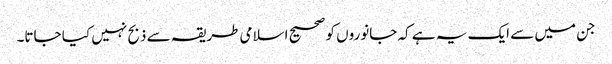
جن میں سے ایک یہ ہے کہ جانوروں کو صحیح اسلامی طریقہ سے ذبح نہیں کیا جاتا۔